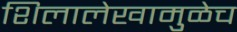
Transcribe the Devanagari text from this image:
शिलालेखामुळेच